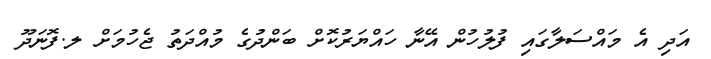
އަދި އެ މައްސަލާގައި ފުލުހުން އޭނާ ހައްޔަރުކޮށް ބަންދުގެ މުއްދަތު ޖެހުމަށް ލ.ފޮނަދޫ